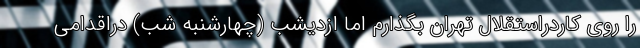
را روی کاردراستقلال تهران بگذارم اما ازدیشب (چهارشنبه شب) دراقدامی